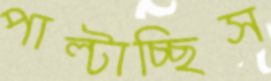
পাল্‌টাচ্ছিস